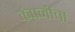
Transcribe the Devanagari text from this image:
कंपनींचा